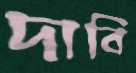
দাবি